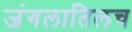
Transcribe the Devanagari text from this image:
जंगलातिलच